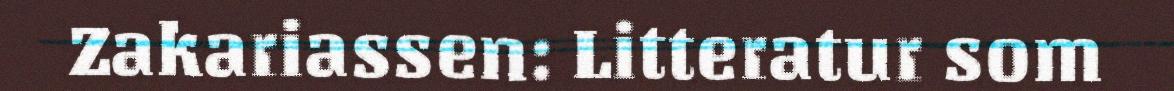
Zakariassen: Litteratur som